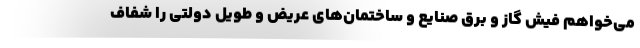
می‌خواهم فیش گاز و برق صنایع و ساختمان‌های عریض و طویل دولتی را شفاف